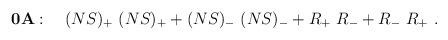
LaTeX: \begin{align*} {\bf 0A}: \quad (NS)_+\ (NS)_+ +(NS)_-\ (NS)_- + R_+\ R_-+ R_- \ R_+\ .\end{align*}